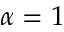
\alpha = 1